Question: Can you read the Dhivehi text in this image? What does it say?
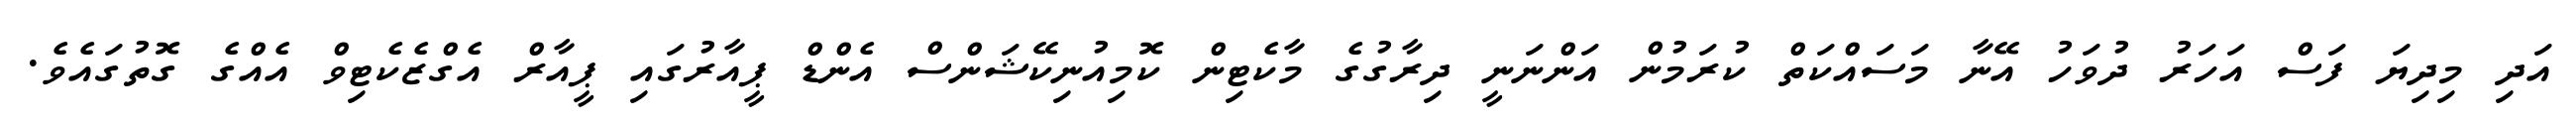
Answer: އަދި މިދިޔަ ފަސް އަހަރު ދުވަހު އޭނާ މަސައްކަތް ކުރަމުން އަންނަނީ ދިރާގުގެ މާކެޓިން ކޮމިއުނިކޭޝަންސް އެންޑް ޕީއާރުގައި ޕީއާރް އެގްޒެކެޓިވް އެއްގެ ގޮތުގައެވެ.